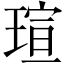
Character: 瑄